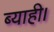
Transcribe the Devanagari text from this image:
ब्याही।